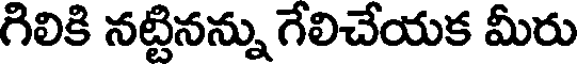
గిలికి నట్టినన్ను గేలిచేయక మీరు